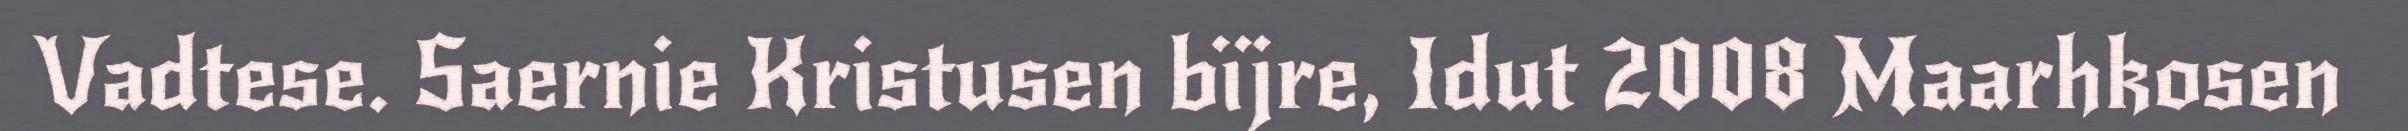
Vadtese. Saernie Kristusen bïjre, Idut 2008 Maarhkosen